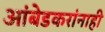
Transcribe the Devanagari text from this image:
आंबेडकरांनाही